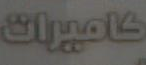
كاميرات